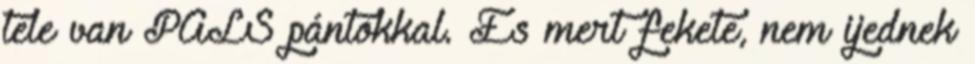
tele van PALS pántokkal. És mert fekete, nem ijednek